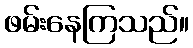
ဖမ်းနေကြသည်။